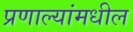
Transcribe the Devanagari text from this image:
प्रणाल्यांमधील